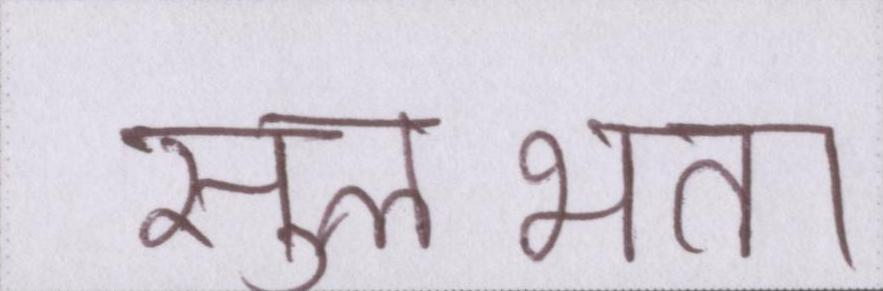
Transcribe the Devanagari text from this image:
सुलभता